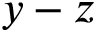
y - z